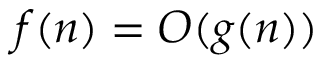
f ( n ) = O ( g ( n ) )